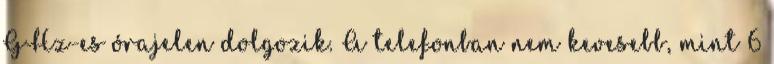
GHz-es órajelen dolgozik. A telefonban nem kevesebb, mint 6